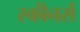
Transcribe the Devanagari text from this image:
स्कीनर्स